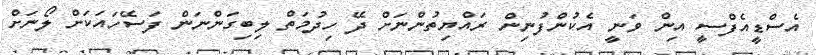
އެސްޑީއެފްސީ އިން ވަނީ އެކުންފުނިން ރައްޔިތުންނަށް ދޭ ހިދުމަތް ލިބިގަންނަން ފަސޭހައަކަށް ލޯނަށް